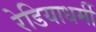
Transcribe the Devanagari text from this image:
रेडियाधर्मी